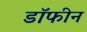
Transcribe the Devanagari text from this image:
डॉफीन